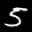
Label: 5